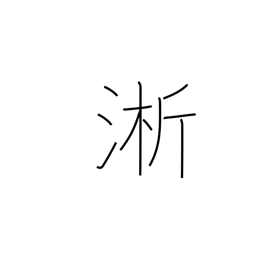
Meaning: wash rice